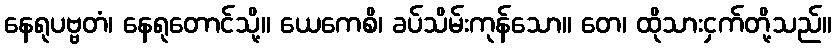
နေရုပဗ္ဗတံ၊ နေရုတောင်သို့။ ယေကေစိ၊ ခပ်သိမ်းကုန်သော။ တေ၊ ထိုသားငှက်တို့သည်။